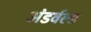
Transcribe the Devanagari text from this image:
अंडर्वल्ड